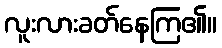
လူးလားခတ်နေကြ၏။